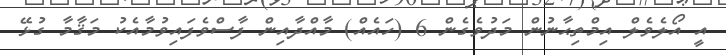
އީ އޯލެވެލް އިމްތިޙާނުން މަދުވެގެން 6 (ހައެއް) މާއްދާއިން ފާސްވެފައިވުމާއެކު މަޤާމާ ގުޅޭ